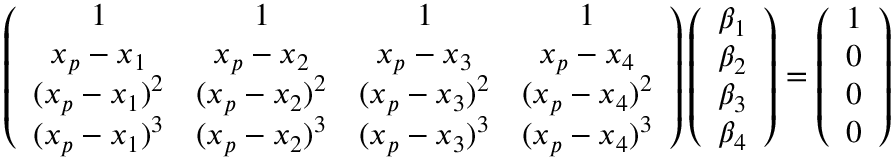
\left( \begin{array} { c c c c } { 1 } & { 1 } & { 1 } & { 1 } \\ { x _ { p } - x _ { 1 } } & { x _ { p } - x _ { 2 } } & { x _ { p } - x _ { 3 } } & { x _ { p } - x _ { 4 } } \\ { ( x _ { p } - x _ { 1 } ) ^ { 2 } } & { ( x _ { p } - x _ { 2 } ) ^ { 2 } } & { ( x _ { p } - x _ { 3 } ) ^ { 2 } } & { ( x _ { p } - x _ { 4 } ) ^ { 2 } } \\ { ( x _ { p } - x _ { 1 } ) ^ { 3 } } & { ( x _ { p } - x _ { 2 } ) ^ { 3 } } & { ( x _ { p } - x _ { 3 } ) ^ { 3 } } & { ( x _ { p } - x _ { 4 } ) ^ { 3 } } \end{array} \right) \left( \begin{array} { c } { \beta _ { 1 } } \\ { \beta _ { 2 } } \\ { \beta _ { 3 } } \\ { \beta _ { 4 } } \end{array} \right) = \left( \begin{array} { c } { 1 } \\ { 0 } \\ { 0 } \\ { 0 } \end{array} \right)